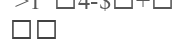
١٠